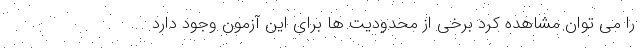
را می توان مشاهده کرد برخی از محدودیت ها برای این آزمون وجود دارد